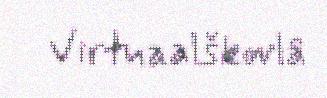
Virtuaalškovlâ